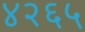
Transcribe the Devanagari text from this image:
४२६५